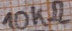
Text: 10KΩ